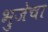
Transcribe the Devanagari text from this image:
भुजेचा